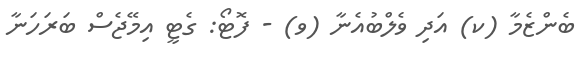
ބެންޒެމާ (ކ) އަދި ވެލްބުއެނާ (ވ) - ފޮޓޯ: ގެޓީ އިމޭޖެސް ބަރަހަނާ